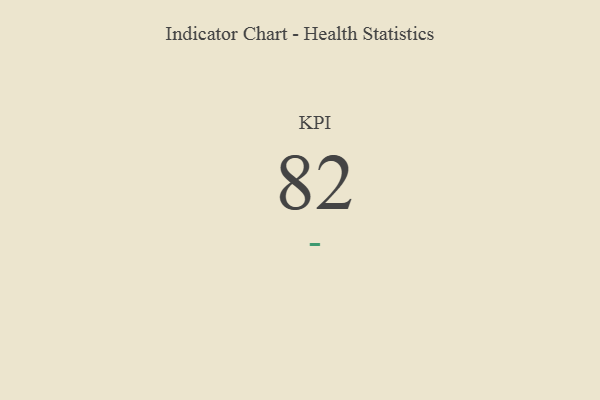
{"axis": {"x": "KPI", "y": "Value"}, "legend": [""], "data": [{"x": "KPI", "y": 82, "type": ""}]}